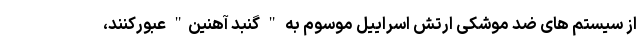
از سیستم های ضد موشکی ارتش اسراییل موسوم به " گنبد آهنین" عبورکنند،